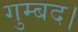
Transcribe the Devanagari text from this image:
गुम्बद।